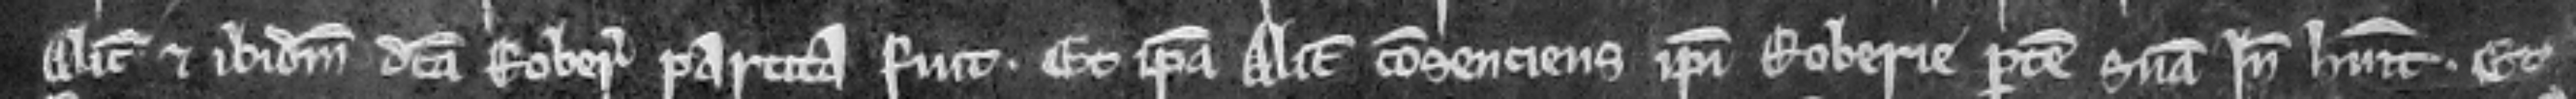
Alicie et ibidem dicta roberia partita fuit. Et ipsa Alicia consenciens ipsius roberie partem suam inde habuit. Et